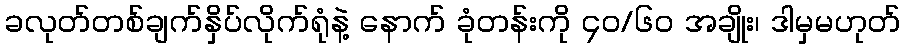
ခလုတ်တစ်ချက်နှိပ်လိုက်ရုံနဲ့ နောက် ခုံတန်းကို ၄ဝ/၆ဝ အချိုး၊ ဒါမှမဟုတ်